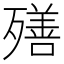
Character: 𣩧